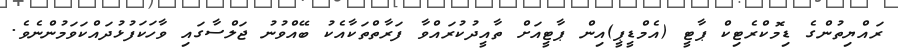
ރައްޔިތުންގެ ޑިމޮކްރެޓިކް ޕާޓީ (އެމްޑީޕީ)އިން ޕާޓީއަށް ތާއީދުކުރައްވާ ފަރާތްތަކާއެކު ބޭއްވުނު ޖަލްސާގައި ވާހަކަފުޅުދައްކަވަމުންނެވެ.